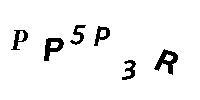
PP5P3R